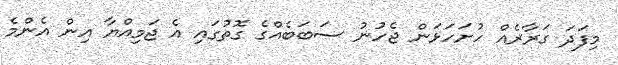
މިފަދަ ގަރާރެއް ހުށަހަޅަން ޖެހުނު ސަބަބެއްގެ ގޮތުގައި އެ ޖަމިއްޔާ އިން އެންމެ